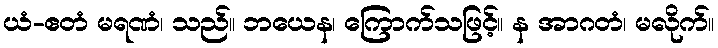
ယံ-ဧတံ မရဏံ၊ သည်။ ဘယေန၊ ကြောက်သဖြင့်။ န အာဂတံ၊ မလိုက်။